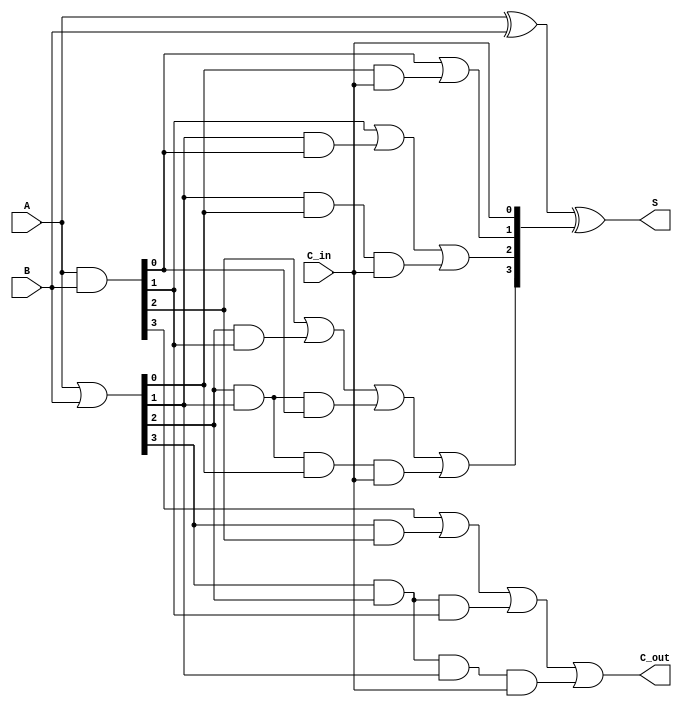
module CarryLookaheadAdder #(
    parameter N = 4 // Parameter for bit-width, can be changed to any size
)(
    input [N-1:0] A,       // First n-bit input
    input [N-1:0] B,       // Second n-bit input
    input C_in,            // Carry-in input
    output [N-1:0] S,      // n-bit sum output
    output C_out           // Carry-out output
);

    // Generate (G) and Propagate (P) signals
    wire [N-1:0] G; // Generate signals
    wire [N-1:0] P; // Propagate signals
    wire [N:0] C;   // Carry signals

    // Generate and propagate logic
    assign G = A & B;          // G[i] = A[i] & B[i]
    assign P = A | B;          // P[i] = A[i] | B[i]

    // Carry logic
    assign C[0] = C_in;        // C[0] = C_in

    genvar i;
    generate
        for (i = 0; i < N; i = i + 1) begin : carry_logic
            if (i == 0) begin
                assign C[i + 1] = G[i] | (P[i] & C[0]); // C[1]
            end else if (i == 1) begin
                assign C[i + 1] = G[i] | (P[i] & G[i - 1]) | (P[i] & P[i - 1] & C[0]); // C[2]
            end else begin
                assign C[i + 1] = G[i] | (P[i] & G[i - 1]) | (P[i] & P[i - 1] & G[i - 2]) |
                                   (P[i] & P[i - 1] & P[i - 2] & C[0]); // General case
            end
        end
    endgenerate

    // Sum calculation
    assign S = A ^ B ^ C[N-1:0]; // S[i] = A[i] ^ B[i] ^ C[i]

    // Carry-out output
    assign C_out = C[N]; // Final carry-out

endmodule